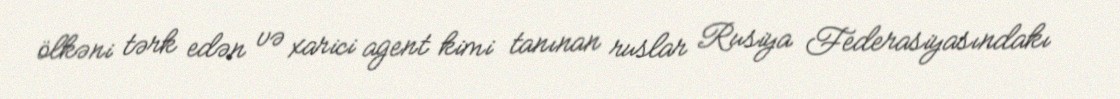
ölkəni tərk edən və xarici agent kimi tanınan ruslar Rusiya Federasiyasındakı